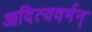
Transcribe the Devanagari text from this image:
आदित्यवर्मन्‌